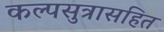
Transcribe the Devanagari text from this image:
कल्पसुत्रासहित